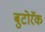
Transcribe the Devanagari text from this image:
बुटोरॅक